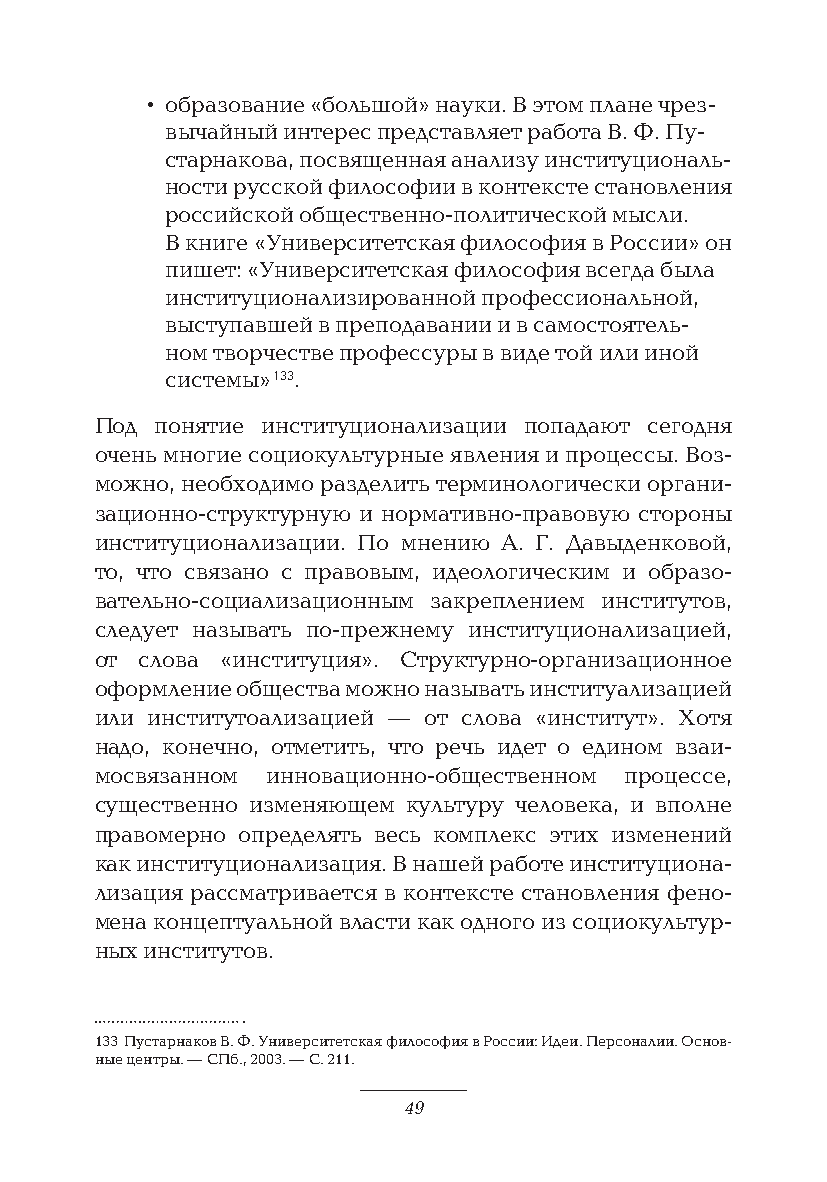
• образование «большой» науки. В этом плане чрез-
 вычайный интерес представляет работа В. Ф. Пу-
 старнакова, посвященная анализу институциональ-
 ности русской философии в контексте становления
 российской общественно-политической мысли.
 В книге «Университетская философия в России» он
 пишет: «Университетская философия всегда была
 институционализированной профессиональной,
 выступавшей в преподавании и в самостоятель-
 ном творчестве профессуры в виде той или иной
 системы» 133.
 Под понятие институционализации попадают сегодня
 очень многие социокультурные явления и процессы. Воз-
 можно, необходимо разделить терминологически органи-
 зационно-структурную и нормативно-правовую стороны
 институционализации. По мнению А. Г. Давыденковой,
 то, что связано с правовым, идеологическим и образо-
 вательно-социализационным закреплением институтов,
 следует называть по-прежнему институционализацией,
 от слова «институция». Структурно-организационное
 оформление общества можно называть институализацией
 или институтоализацией — от слова «институт». Хотя
 надо, конечно, отметить, что речь идет о едином взаи-
 мосвязанном инновационно-общественном процессе,
 существенно изменяющем культуру человека, и вполне
 правомерно определять весь комплекс этих изменений
 как институционализация. В нашей работе институциона-
 лизация рассматривается в контексте становления фено-
 мена концептуальной власти как одного из социокультур-
 ных институтов.
 133 Пустарнаков В. Ф. Университетская философия в России: Идеи. Персоналии. Основ-
 ные центры. — СПб., 2003. — С. 211.
 49